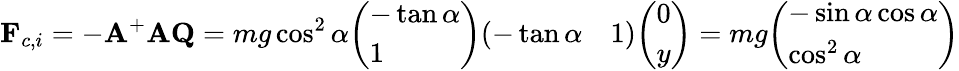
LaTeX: \mathbf{F}_{c,i}=-\mathbf{A}^{+}\mathbf{A}\mathbf{Q}=mg\cos^{2}\alpha{\left(\begin{array}{l}{-\tan\alpha}\\ {1}\end{array}\right)}{\left(\begin{array}{ll}{-\tan\alpha}&{1}\end{array}\right)}{\left(\begin{array}{l}{0}\\ {y}\end{array}\right)}=mg{\left(\begin{array}{l}{-\sin\alpha\cos\alpha}\\ {\cos^{2}\alpha}\end{array}\right)}